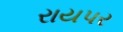
રાયપર